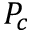
P _ { c }